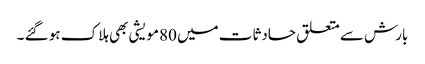
بارش سے متعلق حادثات میں 80مویشی بھی ہلاک ہو گئے ۔